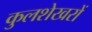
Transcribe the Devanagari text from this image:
कुलशेखरों